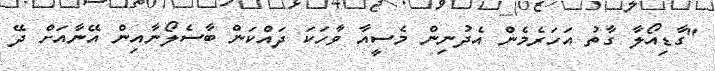
"ގާޑިއޯލާ ގާތު އަހަރެމެން އެދުނިން މެސީއާ ވާހަކަ ދައްކަން ބާސެލޯނާއިން އޭނާއަށް ދޭ